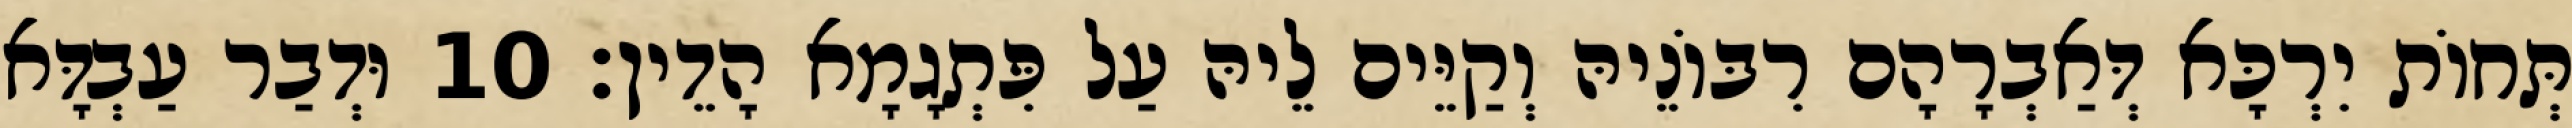
תְּחוֹת יִרְכָּא דְּאַבְרָהָם רִבּוֹנֵיהּ וְקַיֵּים לֵיהּ עַל פִּתְגָמָא הָדֵין׃ 10 וּדְבַר עַבְדָּא